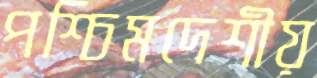
পশ্চিমদেশীয়